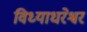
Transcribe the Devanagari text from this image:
विध्याधरेश्वर